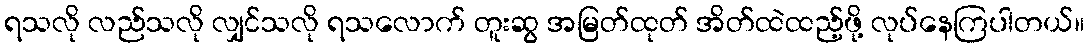
ရသလို လည်သလို လျှင်သလို ရသလောက် တူးဆွ အမြတ်ထုတ် အိတ်ထဲထည့်ဖို့ လုပ်နေကြပါတယ်။